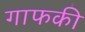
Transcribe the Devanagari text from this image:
गाफकी